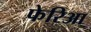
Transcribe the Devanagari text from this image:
फेरिआ